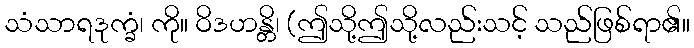
သံသာရဒုက္ခံ၊ ကို။ ဝိဒဟန္တိ၊ (ဤသို့ဤသို့လည်းသင့် သည်ဖြစ်ရာ၏။